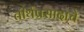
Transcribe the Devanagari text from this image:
तीर्थप्रसादाचे